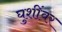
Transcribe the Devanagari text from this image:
घुशींवर